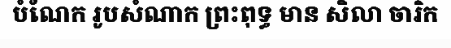
បំណែក រូបសំណាក ព្រះពុទ្ធ មាន សិលា ចារិក